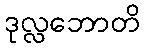
ဒုလ္လဘောတိ